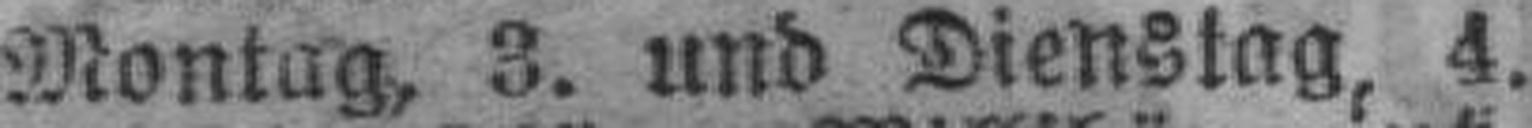
Montag, 3. und Dienstag, 4.